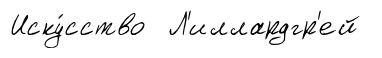
Иску́сство Л'иллардгр'ей